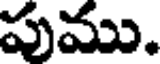
పుము.